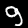
Label: 9